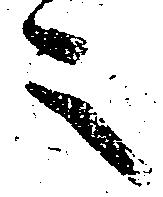
之